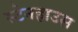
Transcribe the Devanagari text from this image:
स्टेनहाउस